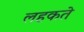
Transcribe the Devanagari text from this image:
लहकते